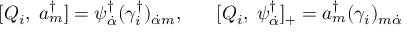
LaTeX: [ Q _ { i } , \; a _ { m } ^ { \dagger } ] = \psi _ { \dot { \alpha } } ^ { \dagger } ( \gamma _ { i } ^ { \dagger } ) _ { \dot { \alpha } m } , \; \; \; \; \; \; [ Q _ { i } , \; \psi _ { \dot { \alpha } } ^ { \dagger } ] _ { + } = a _ { m } ^ { \dagger } ( \gamma _ { i } ) _ { m \dot { \alpha } }